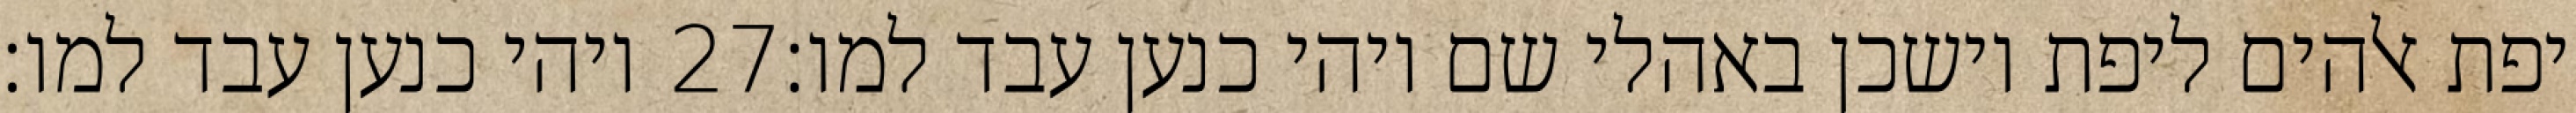
ויהי כנען עבד למו׃ ‎27‏ יפת אלהים ליפת וישכן באהלי שם ויהי כנען עבד למו׃